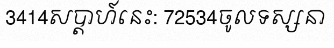
3414សប្តាហ៍នេះ: 72534ចូលទស្សនា